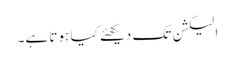
الیکشن تک دیکھئے کیا ہوتا ہے۔